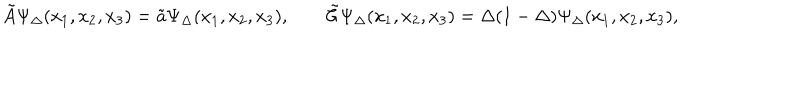
\tilde { A } \Psi _ { \Delta } ( x _ { 1 } , x _ { 2 } , x _ { 3 } ) = \tilde { a } \Psi _ { \Delta } ( x _ { 1 } , x _ { 2 } , x _ { 3 } ) , \qquad \tilde { \cal C } \Psi _ { \Delta } ( x _ { 1 } , x _ { 2 } , x _ { 3 } ) = \Delta ( 1 - \Delta ) \Psi _ { \Delta } ( x _ { 1 } , x _ { 2 } , x _ { 3 } ) ,